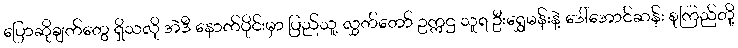
ပြောဆိုချက်တွေ ရှိသလို အဲဒီ နောက်ပိုင်းမှာ ပြည်သူ့ လွှတ်တော် ဥက္ကဌ သူရ ဦးရွှေမန်းနဲ့ ဒေါ်အောင်ဆန်း စုကြည်တို့